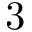
3